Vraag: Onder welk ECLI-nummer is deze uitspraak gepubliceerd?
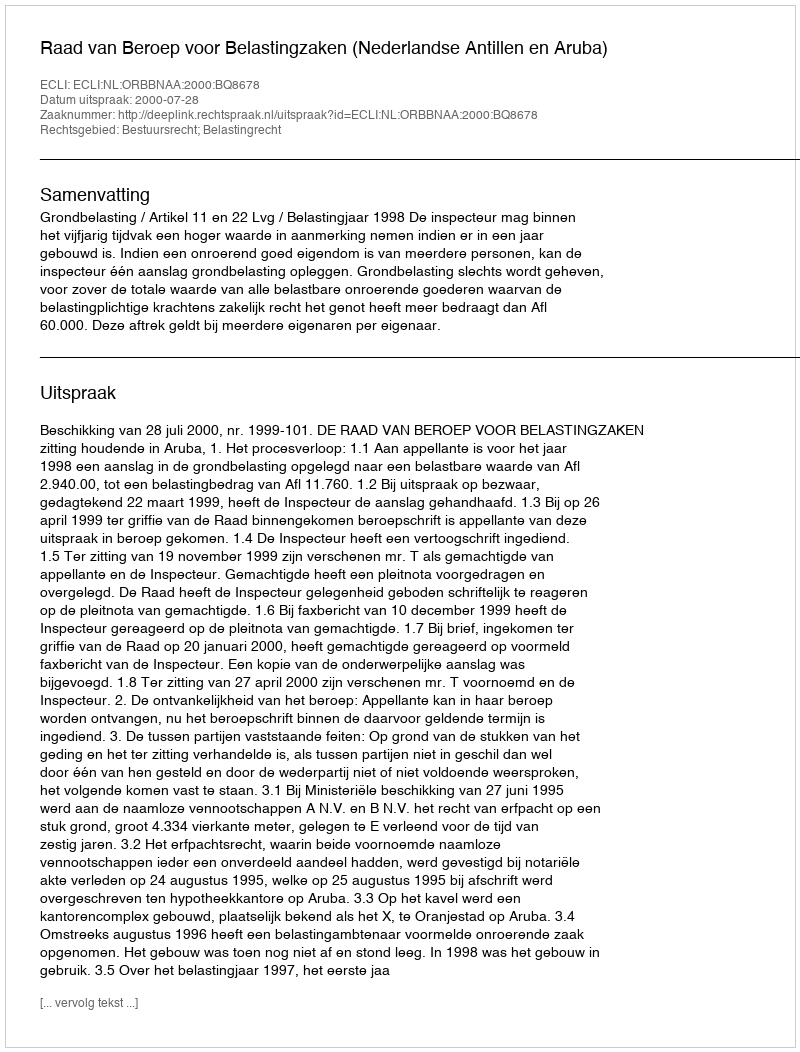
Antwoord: ECLI:NL:ORBBNAA:2000:BQ8678